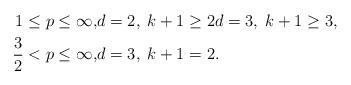
LaTeX: \begin{align*} 1 \le p \le \infty, & d=2, \; k+1 \ge 2 d =3, \; k+1 \ge 3, \\ \frac{3}{2} < p \le \infty, & d=3, \; k+1 =2.\end{align*}